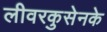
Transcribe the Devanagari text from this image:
लीवरकुसेनके